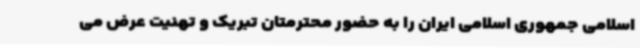
اسلامی جمهوری اسلامی ایران را به حضور محترمتان تبریک و تهنیت عرض می